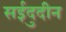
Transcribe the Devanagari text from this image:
सईदुदीन